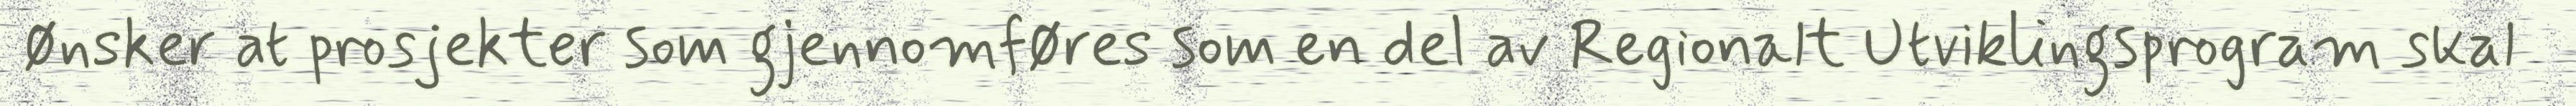
ønsker at prosjekter som gjennomføres som en del av Regionalt Utviklingsprogram skal